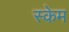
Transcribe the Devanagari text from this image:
स्केम